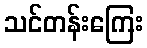
သင်တန်းကြေး